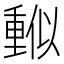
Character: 𠏳